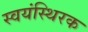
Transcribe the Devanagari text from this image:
स्वयंस्थिरक